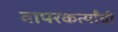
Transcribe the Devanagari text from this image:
वापरकर्त्यांची